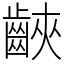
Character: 䶝